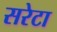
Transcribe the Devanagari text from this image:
सरेटा